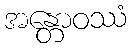
အန္တောဝဿံ